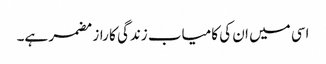
اسی میں ان کی کامیاب زندگی کا راز مضمر ہے۔